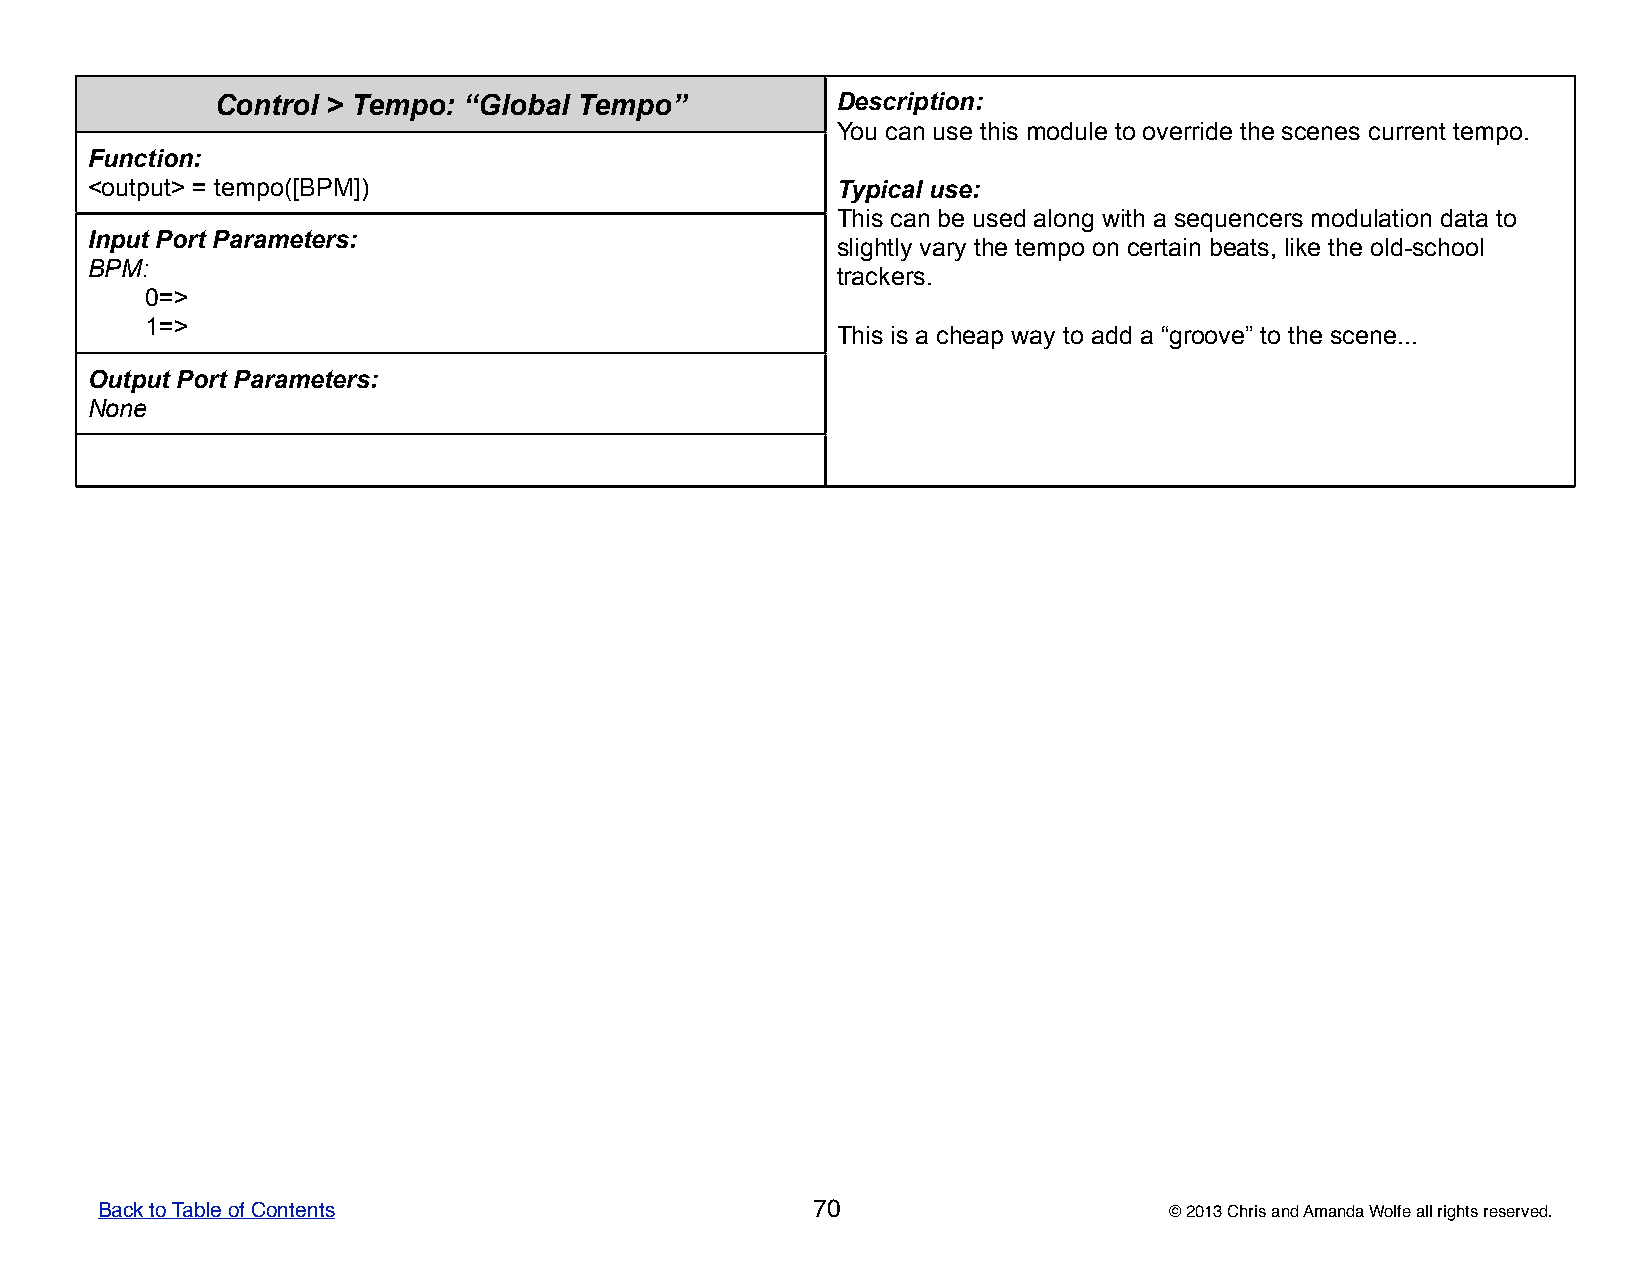
Control > Tempo: “Global Tempo”          DDDDDeeeeessssscccccrrrrriiiiippppptttttiiiiiooooonnnnn:::::
 YYYYYooooouuuuu cccccaaaaannnnn uuuuussssseeeee ttttthhhhhiiiiisssss mmmmmoooooddddduuuuullllleeeee tttttooooo ooooovvvvveeeeerrrrrrrrrriiiiidddddeeeee ttttthhhhheeeee sssssccccceeeeennnnneeeeesssss cccccuuuuurrrrrrrrrreeeeennnnnttttt ttttteeeeemmmmmpppppooooo.....
 Function:
 <output> = tempo([BPM])                          TTTTTyyyyypppppiiiiicccccaaaaalllll uuuuussssseeeee:::::
 TTTTThhhhhiiiiisssss cccccaaaaannnnn bbbbbeeeee uuuuussssseeeeeddddd aaaaalllllooooonnnnnggggg wwwwwiiiiittttthhhhh aaaaa ssssseeeeeqqqqquuuuueeeeennnnnccccceeeeerrrrrsssss mmmmmoooooddddduuuuulllllaaaaatttttiiiiiooooonnnnn dddddaaaaatttttaaaaa tttttooooo
 Input Port Parameters:
 sssssllllliiiiiggggghhhhhtttttlllllyyyyy vvvvvaaaaarrrrryyyyy ttttthhhhheeeee ttttteeeeemmmmmpppppooooo ooooonnnnn ccccceeeeerrrrrtttttaaaaaiiiiinnnnn bbbbbeeeeeaaaaatttttsssss,,,,, llllliiiiikkkkkeeeee ttttthhhhheeeee ooooolllllddddd-----sssssccccchhhhhoooooooooolllll
 BPM:
 tttttrrrrraaaaaccccckkkkkeeeeerrrrrsssss.....
 0=>
 1=>
 TTTTThhhhhiiiiisssss iiiiisssss aaaaa ccccchhhhheeeeeaaaaappppp wwwwwaaaaayyyyy tttttooooo aaaaadddddddddd aaaaa “““““gggggrrrrroooooooooovvvvveeeee””””” tttttooooo ttttthhhhheeeee sssssccccceeeeennnnneeeee...............
 Output Port Parameters:
 None
 Back to Table of Contents                       70                     © 2013 Chris and Amanda Wolfe all rights reserved.